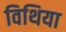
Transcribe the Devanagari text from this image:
विथिया